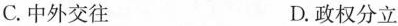
C.中外交往 D.政权分立